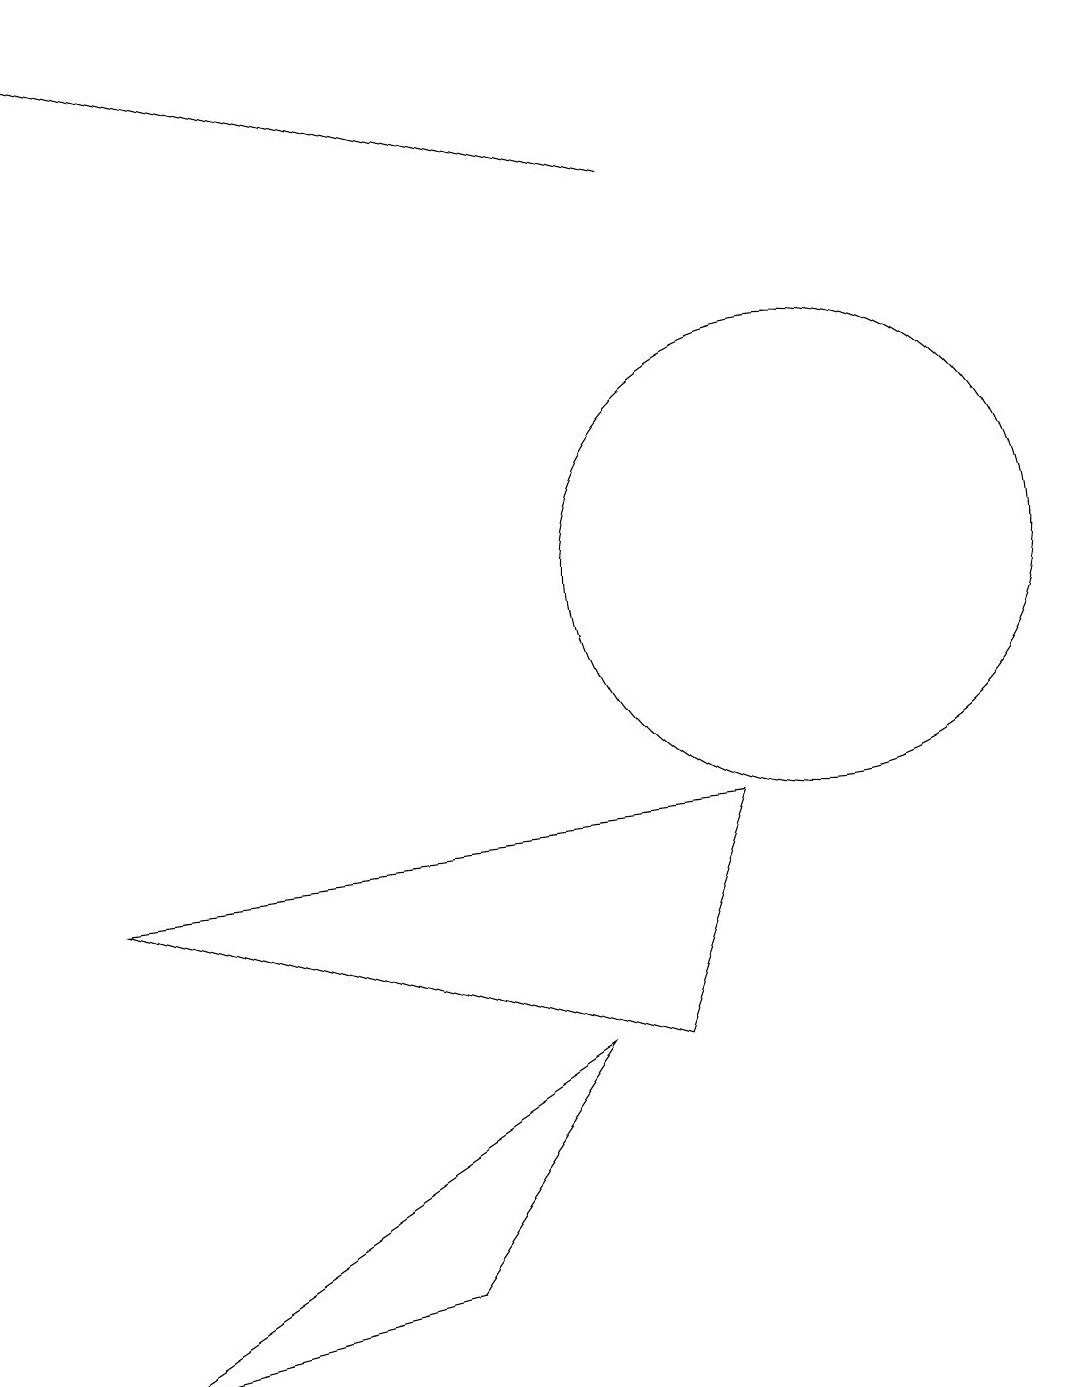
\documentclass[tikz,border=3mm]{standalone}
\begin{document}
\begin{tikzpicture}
\draw (3,10) rectangle (3,10);
\draw[->] (8,15) -- (0,17);
\draw (5,1) -- (1,0) -- (7,4) -- cycle;
\draw (10,10) circle (3);
\draw (9,7) -- (8,4) -- (1,6) -- cycle;
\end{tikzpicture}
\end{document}